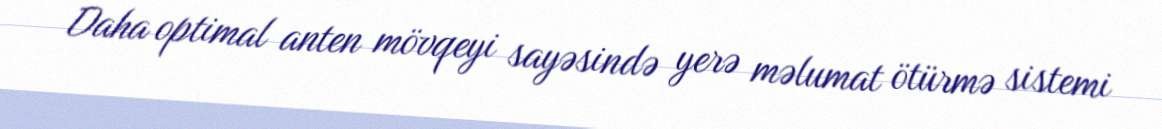
Daha optimal anten mövqeyi sayəsində yerə məlumat ötürmə sistemi